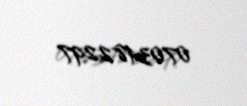
0703482297